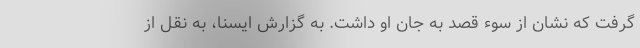
گرفت که نشان از سوء قصد به جان او داشت. به گزارش ایسنا، به نقل از